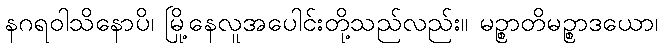
နဂရဝါသိနောပိ၊ မြို့နေလူအပေါင်းတို့သည်လည်း။ မဉ္စာတိမဉ္စာဒယော၊